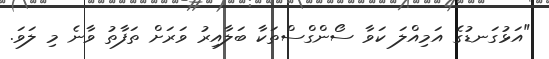
"އަޅުގަނޑުގެ އަމިއްލަ ކަވާ ސޯންގްސްތަކާ ބަލާއިރު ވަރަށް ތަފާތު ވާނެ މި ލަވަ.